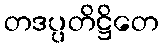
တဒပ္ပတိဋ္ဌိတေ